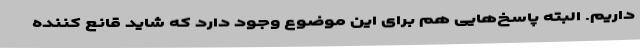
داریم. البته پاسخ‌هایی هم برای این موضوع وجود دارد که شاید قانع کننده